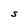
Character: S